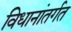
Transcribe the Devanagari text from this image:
विधानांतर्गत